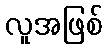
လူအဖြစ်